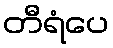
တီရံပေ